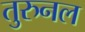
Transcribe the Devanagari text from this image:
तुरुनल